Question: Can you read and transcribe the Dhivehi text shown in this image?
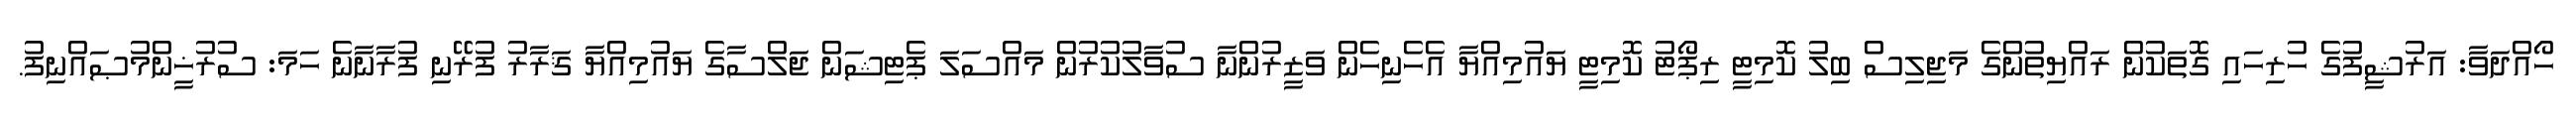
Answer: ހޯއްދަވާ: އަރުޝީފުގެ ހުރިހައި ގޮތަކުން ރައްޔިތުންގެ މަޖިލިސް ބިލު ކޮމިޓީ ރިޕޯޓު ކޮމިޓީ ޔައުމިއްޔާ އެހެނިހެން ވަޒީރުންނާ ސުވާލުކުރުން މައްސަލަ ޕެޓިޝަން ޖަލްސާގެ ޔައުމިއްޔާ ޤަރާރު ފުރޭނި ފުރާނާނެ ހަމަ: ސުރުޚީންމުޞައްނިފު.